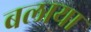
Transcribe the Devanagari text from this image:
बलाया